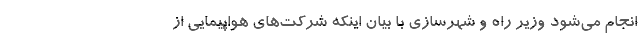
انجام می‌شود وزیر راه و شهرسازی با بیان اینکه شرکت‌های هواپیمایی از